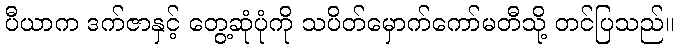
ပီယာက ဒက်ဇာနှင့် တွေ့ဆုံပုံကို သပိတ်မှောက်ကော်မတီသို့ တင်ပြသည်။